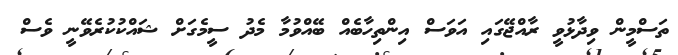
ތަސްމީން ވިދާޅުވީ ރާއްޖޭގައި އަވަސް އިންތިހާބެއް ބޭއްވުމާ މެދު ސީމެގަށް ޝައްކުކުރެވޭނީ ވެސް